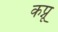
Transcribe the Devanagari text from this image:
कप्नू